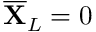
\overline { { \mathbf { X } } } _ { L } = 0